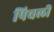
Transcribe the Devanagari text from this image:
पिचली